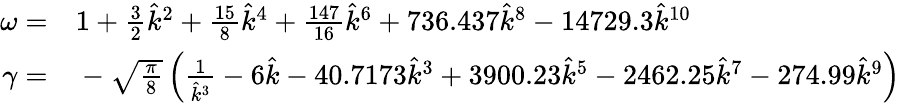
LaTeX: \begin{array}{rl}{\omega=}&{{}1+\frac{3}{2}\hat{k}^{2}+\frac{15}{8}\hat{k}^{4}+\frac{147}{16}\hat{k}^{6}+736.437\hat{k}^{8}-14729.3\hat{k}^{10}}\\ {\gamma=}&{{}-\sqrt{\frac{\pi}{8}}\left(\frac{1}{\hat{k}^{3}}-6\hat{k}-40.7173\hat{k}^{3}+3900.23\hat{k}^{5}-2462.25\hat{k}^{7}-274.99\hat{k}^{9}\right)}\end{array}